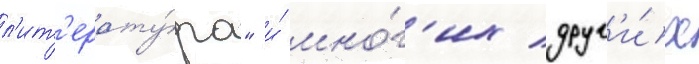
л'ит'ерату́ра" и́ мно́г'их друг'и́х